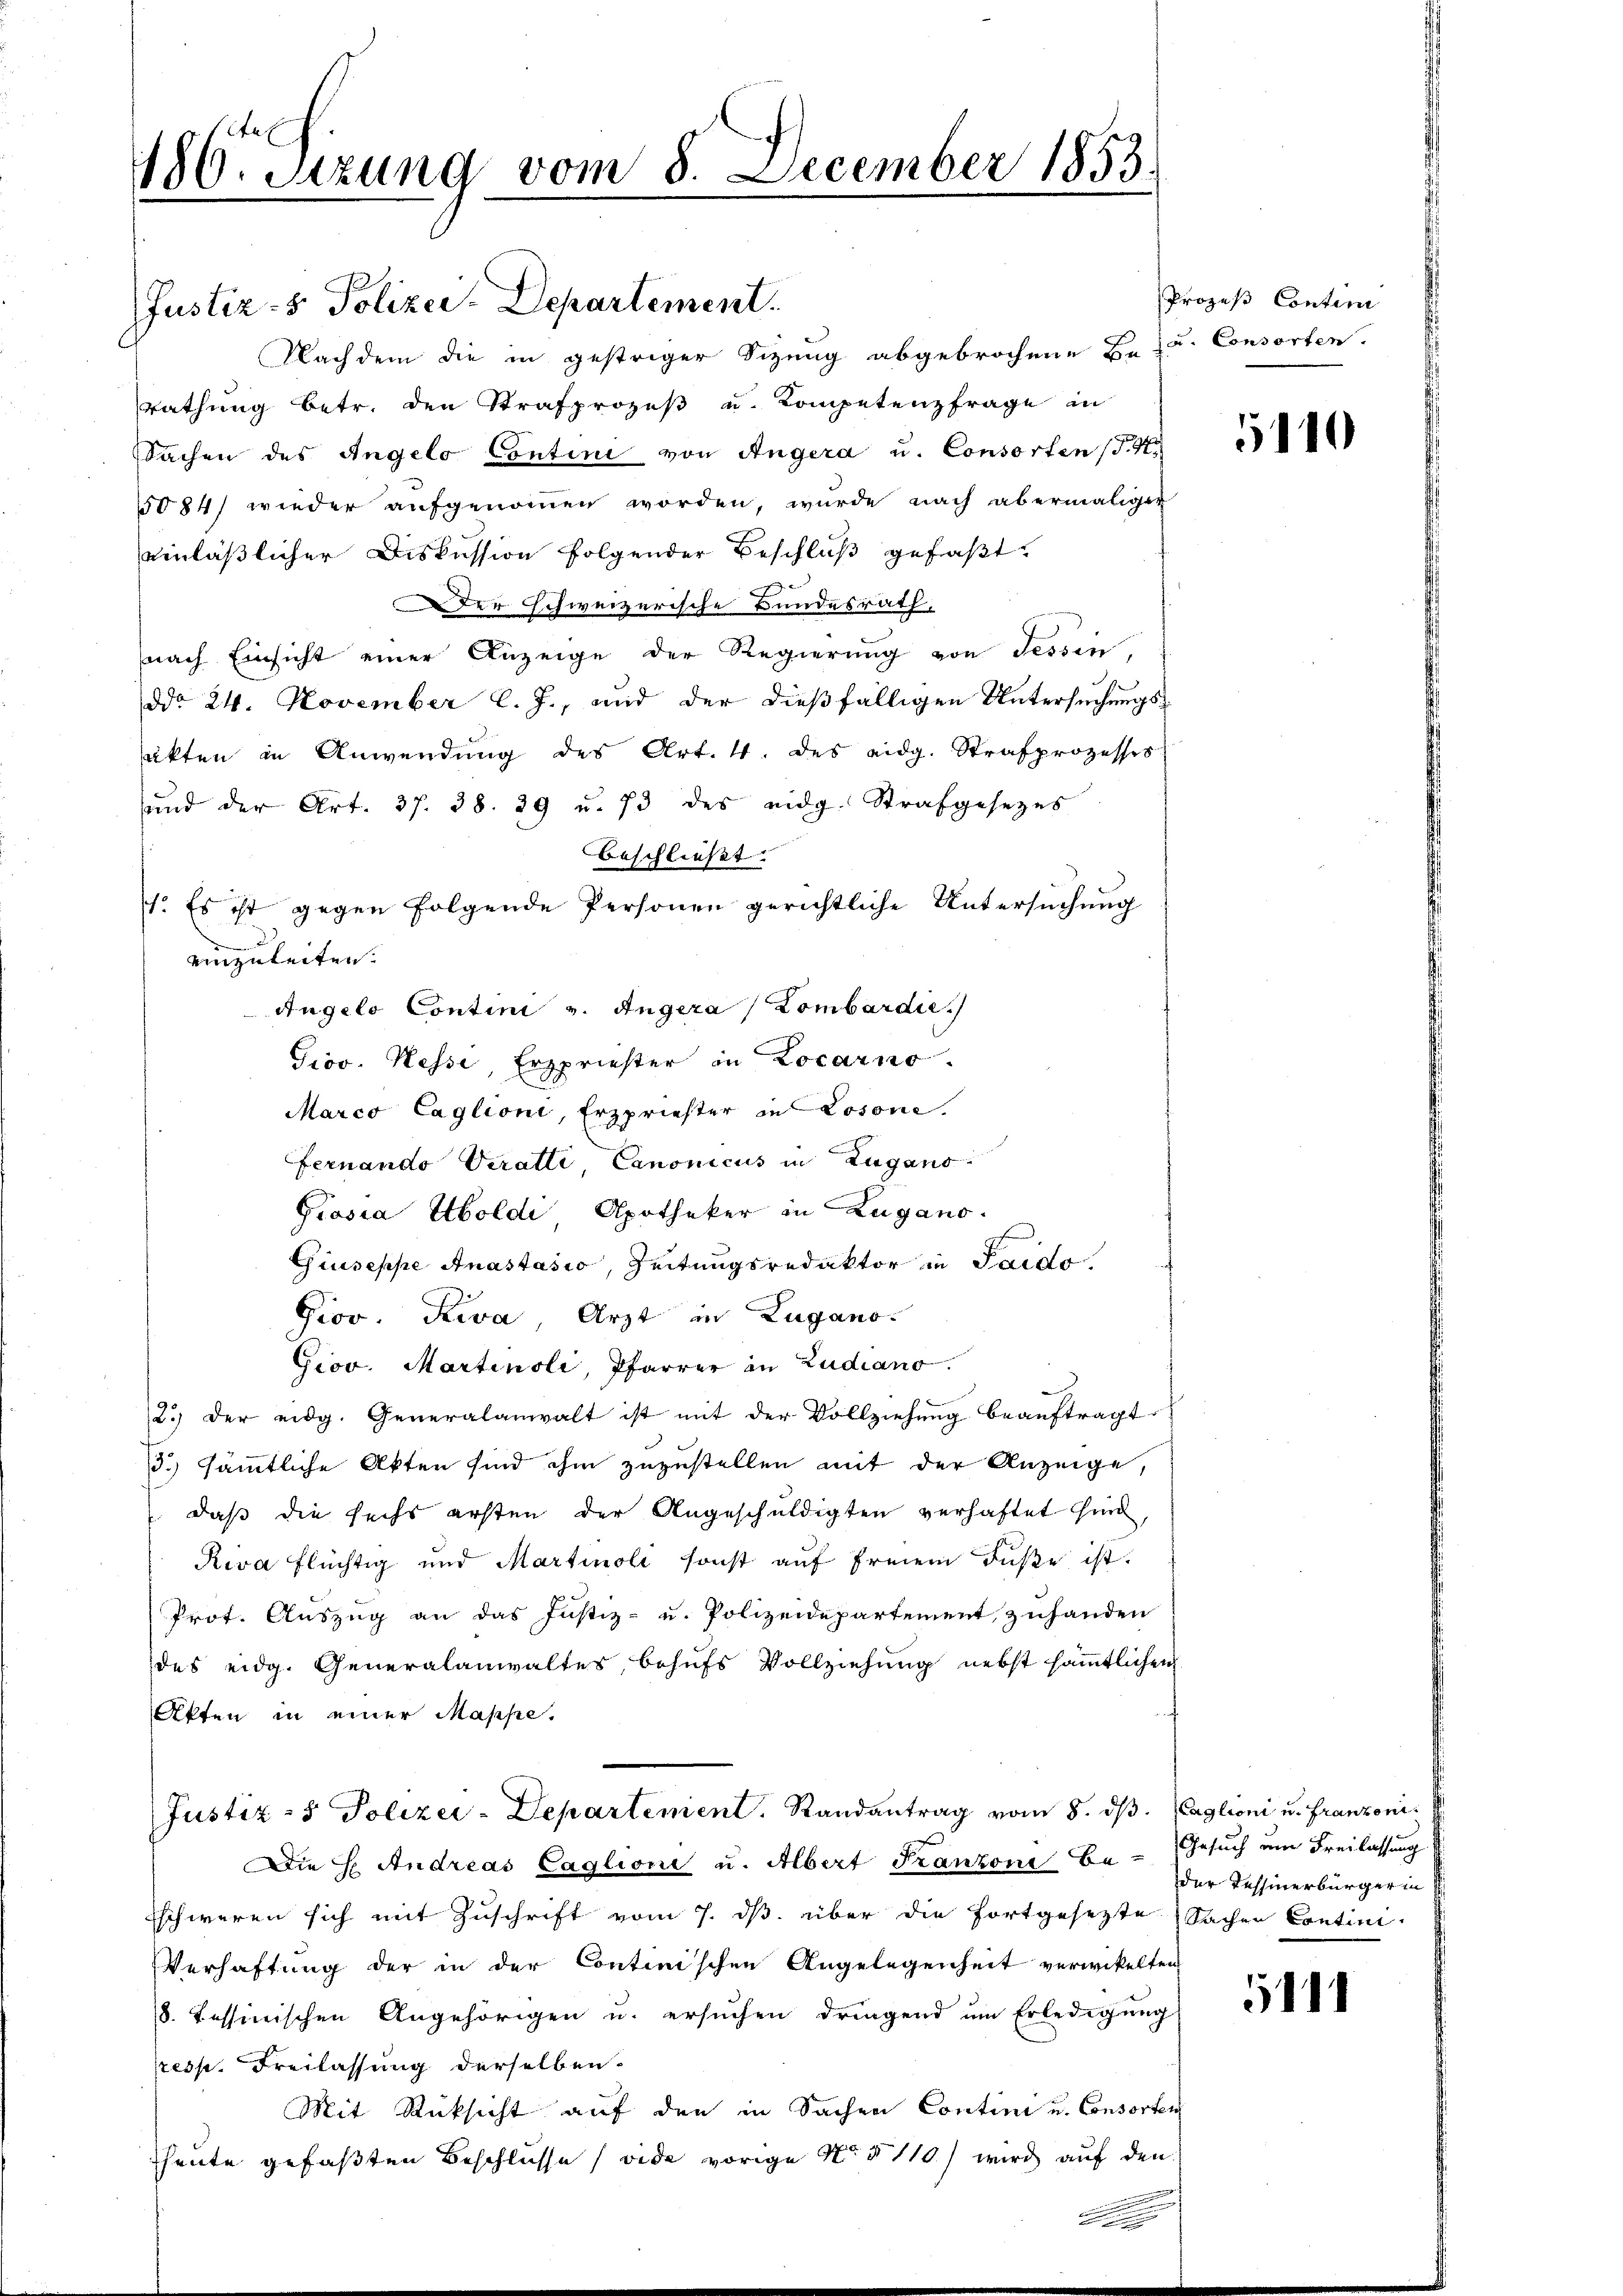
186. Sizung vom 8. December 1853.

Justiz- & Polizei-Departement.
Nachdem die in gestriger Sitzung abgebrochene Be- u. Consorten.
rathung betr. den Strafprozeß u. Kompetenzfrage in
Sachen des Angelo Contini von Angera u. Consorten (S. 4
5084) wieder aufgenommen worden, wurde nach abermaliger
einläßlicher Diskussion folgender Beschluß gefaßt
Der schweizerische Bundesrath,
nach Einsicht einer Anzeige der Regierung von Tessin,
ddo 24. November l. J., und der dießfälligen Untersuchungssakten in Anwendung des Art. 4. des eidg. Strafprozesses
und der Art. 37. 38. 29 u. 73 des eidg. Strafgesetzes
beschließt:
1. Es ist gegen folgende Personen gerichtliche Untersuchung
einzuleiten.
Angelo Contini v. Angera (Zombardie
Gios. Hesse, Erzpriester in Locarno.
Marco Caglioni, Erzpriester in Losone.
Fernando Veratti, Canonicus in Lugano
Prosia Uboldi, Apotheker in Zugano.
Giuseppe Anastasio, Zeitungsredaktor in Saido.
Grov. Riva, Arzt in Lugano.
Giov. Martinoli, Pfarrer in Zudiano.
2.) Der eidg. Generalanwalt ist mit der Vollziehung beauftragt.
3.) sämmtliche Akten sind ihm zuzustellen mit der Anzeige,
daß die sechs ersten der Angeschuldigten verhaftet sind,
Riva flüchtig und Martinoli sonst aŭf freien Füße ist.
Prot. Auszug an das Justiz- u. Polizeidepartement, zuhanden
des eidg. Generalanwaltes, behufs Vollziehung nebst sämmtlichen
Akten in einer Masse.
Justiz- & Polizei-Departement. Randantrag vom 8. ds. Paglioni u. Franzoni¬
Die H. Andreas Caglione u. Albert Franzoni Be- Gesuch am Freilassung
schweren sich mit Zuschrift vom 7. ds. über die fortgesezte Sachen Contini-
Verhaftung der in der Continischen Angelegenheit verwickelten
8. Tessinischen Angehörigen u. ersuchen dringend um Erledigung
presp. Freilassung derselben.
Mit Rücksicht auf den in Sachen Contini u. Consorten
heute gefaßten Beschlüsse (ode vorige No. § 110) wird auf den

Prozeß Contini

5110

der Tessinerbürgerin

11